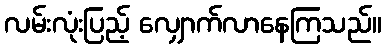
လမ်းလုံးပြည့် လျှောက်လာနေကြသည်။